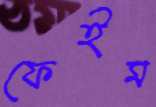
ফেইম